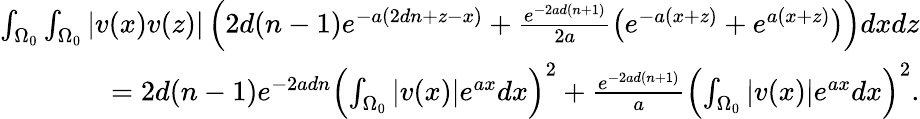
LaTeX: \begin{array}{r}{\int_{\Omega_{0}}\int_{\Omega_{0}}|v(x)v(z)|\left(2d(n-1)e^{-a(2dn+z-x)}+\frac{e^{-2ad(n+1)}}{2a}\left(e^{-a(x+z)}+e^{a(x+z)}\right)\right)dxdz}\\ {=2d(n-1)e^{-2adn}\left(\int_{\Omega_{0}}|v(x)|e^{ax}dx\right)^{2}+\frac{e^{-2ad(n+1)}}{a}\left(\int_{\Omega_{0}}|v(x)|e^{ax}dx\right)^{2}.}\end{array}